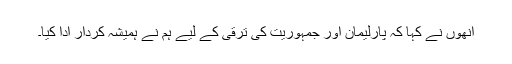
انھوں نے کہا کہ پارلیمان اور جمہوریت کی ترقی کے لیے ہم نے ہمیشہ کردار ادا کیا۔